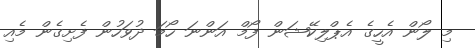
މި ލޯން އެހީގެ އެޕްލިކޭޝަން ފޯމް އަންނަ ހޯމަ ދުވަހުން ފެށިގެން މެއި